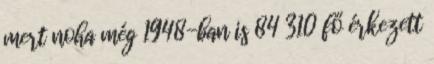
mert noha még 1948-ban is 84 310 fő érkezett